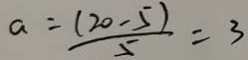
a = \frac { ( 2 0 - 5 ) } { 5 } = 3